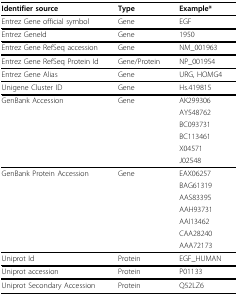
<table><thead><tr><td><b>Identifier source</b></td><td><b>Type</b></td><td><b>Example*</b></td></tr></thead><tbody><tr><td>Entrez Gene official symbol</td><td>Gene</td><td>EGF</td></tr><tr><td>Entrez GeneId</td><td>Gene</td><td>1950</td></tr><tr><td>Entrez Gene RefSeq accession</td><td>Gene</td><td>NM_001963</td></tr><tr><td>Entrez Gene RefSeq Protein Id</td><td>Gene/Protein</td><td>NP_001954</td></tr><tr><td>Entrez Gene Alias</td><td>Gene</td><td>URG, HOMG4</td></tr><tr><td>Unigene Cluster ID</td><td>Gene</td><td>Hs.419815</td></tr><tr><td>GenBank Accession</td><td>Gene</td><td>AK299306</td></tr><tr><td></td><td></td><td>AY548762</td></tr><tr><td></td><td></td><td>BC093731</td></tr><tr><td></td><td></td><td>BC113461</td></tr><tr><td></td><td></td><td>X04571</td></tr><tr><td></td><td></td><td>J02548</td></tr><tr><td>GenBank Protein Accession</td><td>Gene</td><td>EAX06257</td></tr><tr><td></td><td></td><td>BAG61319</td></tr><tr><td></td><td></td><td>AAS83395</td></tr><tr><td></td><td></td><td>AAH93731</td></tr><tr><td></td><td></td><td>AAI13462</td></tr><tr><td></td><td></td><td>CAA28240</td></tr><tr><td></td><td></td><td>AAA72173</td></tr><tr><td>Uniprot Id</td><td>Protein</td><td>EGF_HUMAN</td></tr><tr><td>Uniprot accession</td><td>Protein</td><td>P01133</td></tr><tr><td>Uniprot Secondary Accession</td><td>Protein</td><td>Q52LZ6</td></tr></tbody></table>